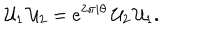
{ \cal U } _ { 1 } \, { \cal U } _ { 2 } = e ^ { 2 \pi i \theta } \, { \cal U } _ { 2 } \, { \cal U } _ { 1 } .